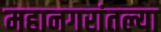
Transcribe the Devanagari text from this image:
महानगरांतल्या